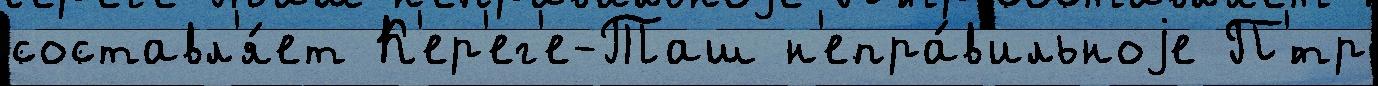
составл'я́ет К'ер'ег'е-Таш н'епра́в'ильноjе П'́тр